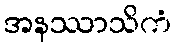
အနဿာသိကံ